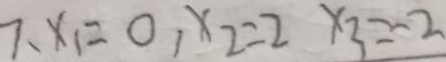
7 、 x _ { 1 } = 0 , x _ { 2 } = 2 x _ { 3 } = - 2